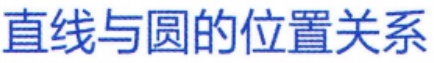
直线与圆的位置关系